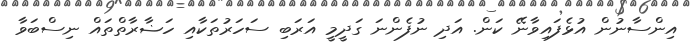
އިންސާނުން އުޅެފައިވާނޭ ކަން. އަދި ނުފެންނަ ގަދީމީ އަރަބި ސަހަރުތަކާއި ހަޟާރާތްތައް ނިސްބަވާ